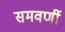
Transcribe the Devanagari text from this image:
समवर्णी